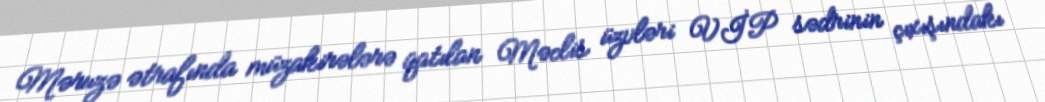
Məruzə ətrafında müzakirələrə qatılan Məclis üzvləri VİP sədrinin çıxışındakı